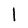
Character: l